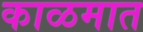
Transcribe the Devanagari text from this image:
काळमात